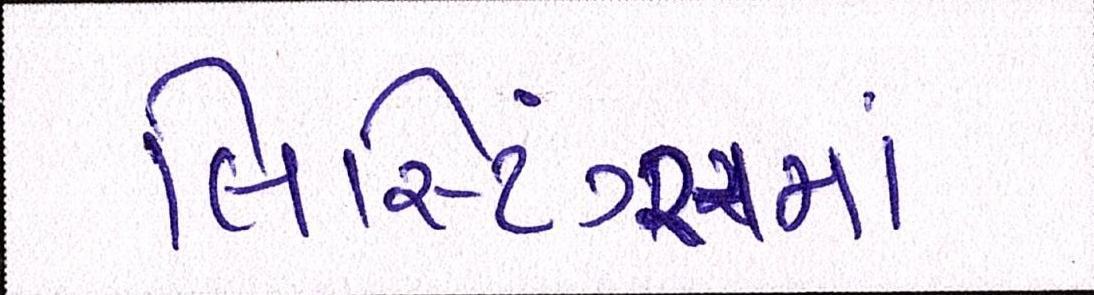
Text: લિસ્ટિંગ્સમાં